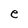
Character: e